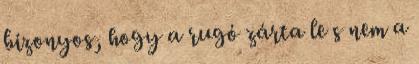
bizonyos, hogy a rugó zárta le s nem a